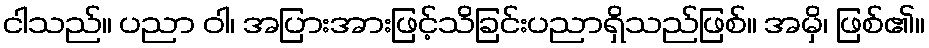
ငါသည်။ ပညာ ဝါ၊ အပြားအားဖြင့်သိခြင်းပညာရှိသည်ဖြစ်။ အမှိ၊ ဖြစ်၏။